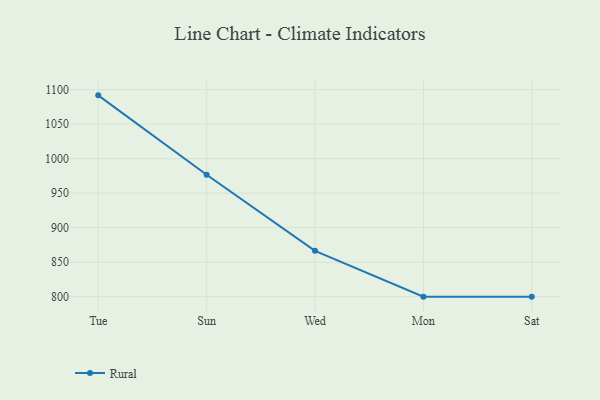
{"axis": {"x": "Day", "y": "LTV (USD)"}, "legend": ["Rural"], "data": [{"x": "Tue", "y": 1091.7, "type": "Rural"}, {"x": "Sun", "y": 976.6, "type": "Rural"}, {"x": "Wed", "y": 866.4, "type": "Rural"}, {"x": "Mon", "y": 800, "type": "Rural"}, {"x": "Sat", "y": 800, "type": "Rural"}]}